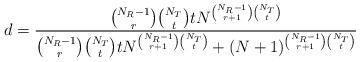
LaTeX: \begin{align*}d= \frac{\binom{N_R-1}{r}\binom{N_T}{t}t N^{\binom{N_R-1}{r+1}\binom{N_T}{t}}}{\binom{N_R-1}{r}\binom{N_T}{t}t N^{\binom{N_R-1}{r+1}\binom{N_T}{t}}+(N+1)^{\binom{N_R-1}{r+1}\binom{N_T}{t}}}\end{align*}